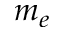
m _ { e }